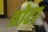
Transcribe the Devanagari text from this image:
त्रोटा